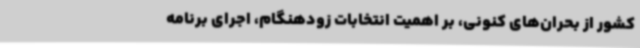
کشور از بحران‌های کنونی، بر اهمیت انتخابات زودهنگام، اجرای برنامه